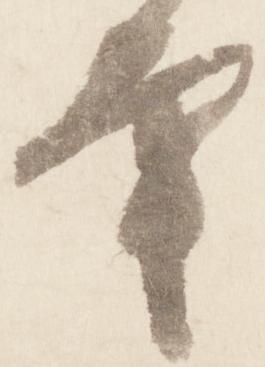
幸